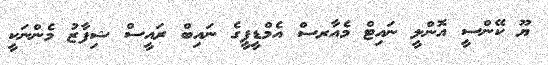
ޔޫ ކޭންސީ އޮންލީ ނައިޓް މެއާރސް އެމްޑީޕީގެ ނައިބް ރައީސް ޝިފާޒު މެންނަކީ